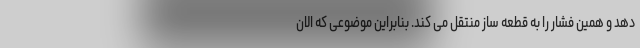
دهد و همین فشار را به قطعه ساز منتقل می کند. بنابراین موضوعی که الان